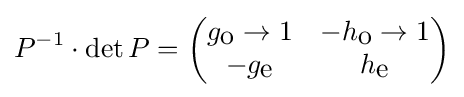
P^{-1}\cdot \det P={\begin{pmatrix}g_{\mbox{o}}\rightarrow 1&-h_{\mbox{o}}\rightarrow 1\\-g_{\mbox{e}}&h_{\mbox{e}}\end{pmatrix}}